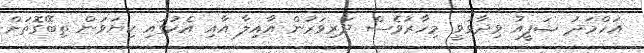
އަހްމަދު ޝަފީއު ވިދާޅުވީ މިހާރުވެސް ދަރިވަރުން އާއިލާ އާއި އެކުގައި ކިޔަވަން ތިބޭގޮތަށް